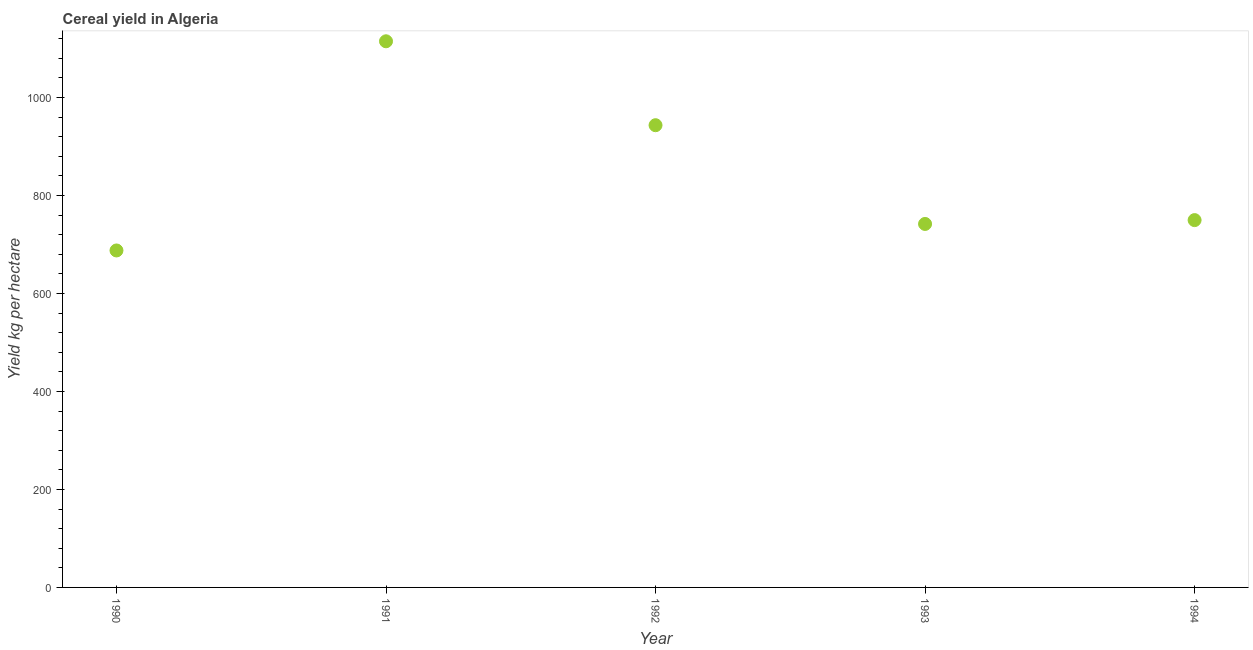
| Year | Cereal yield |
 | --- | --- |
 | 1990 | 688 |
 | 1991 | 1.11e+03 |
 | 1992 | 943 |
 | 1993 | 742 |
 | 1994 | 750 |